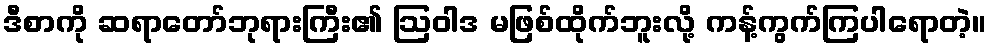
ဒီစာကို ဆရာတော်ဘုရားကြီး၏ ဩဝါဒ မဖြစ်ထိုက်ဘူးလို့ ကန့်ကွက်ကြပါရောတဲ့။